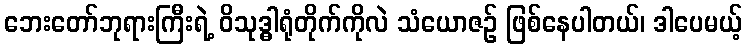
ဘေးတော်ဘုရားကြီးရဲ့ ဝိသုဒ္ဓါရုံတိုက်ကိုလဲ သံယောဇဉ် ဖြစ်နေပါတယ်၊ ဒါပေမယ့်